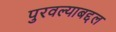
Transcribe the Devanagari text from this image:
पुरवल्याबद्दल